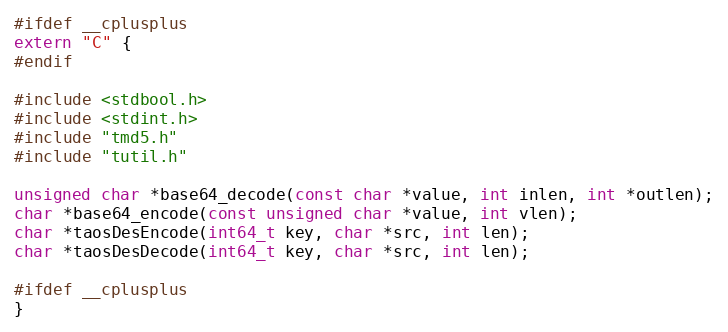
Language: C
#ifdef __cplusplus
extern "C" {
#endif

#include <stdbool.h>
#include <stdint.h>
#include "tmd5.h"
#include "tutil.h"

unsigned char *base64_decode(const char *value, int inlen, int *outlen);
char *base64_encode(const unsigned char *value, int vlen);
char *taosDesEncode(int64_t key, char *src, int len);
char *taosDesDecode(int64_t key, char *src, int len);

#ifdef __cplusplus
}